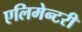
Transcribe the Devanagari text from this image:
एलिमेन्टरी